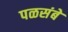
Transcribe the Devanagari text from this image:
पळसंबे